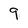
Character: 9